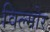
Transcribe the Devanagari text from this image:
विल्मोर